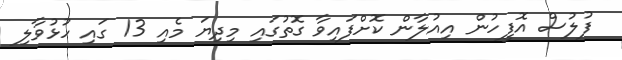
ފުލުސް އޮފީހުން އިއުލާން ކޮށްފައިވާ ގޮތުގައި މިދިޔަ މެއި 13 ގައި ހުޅުވާލި